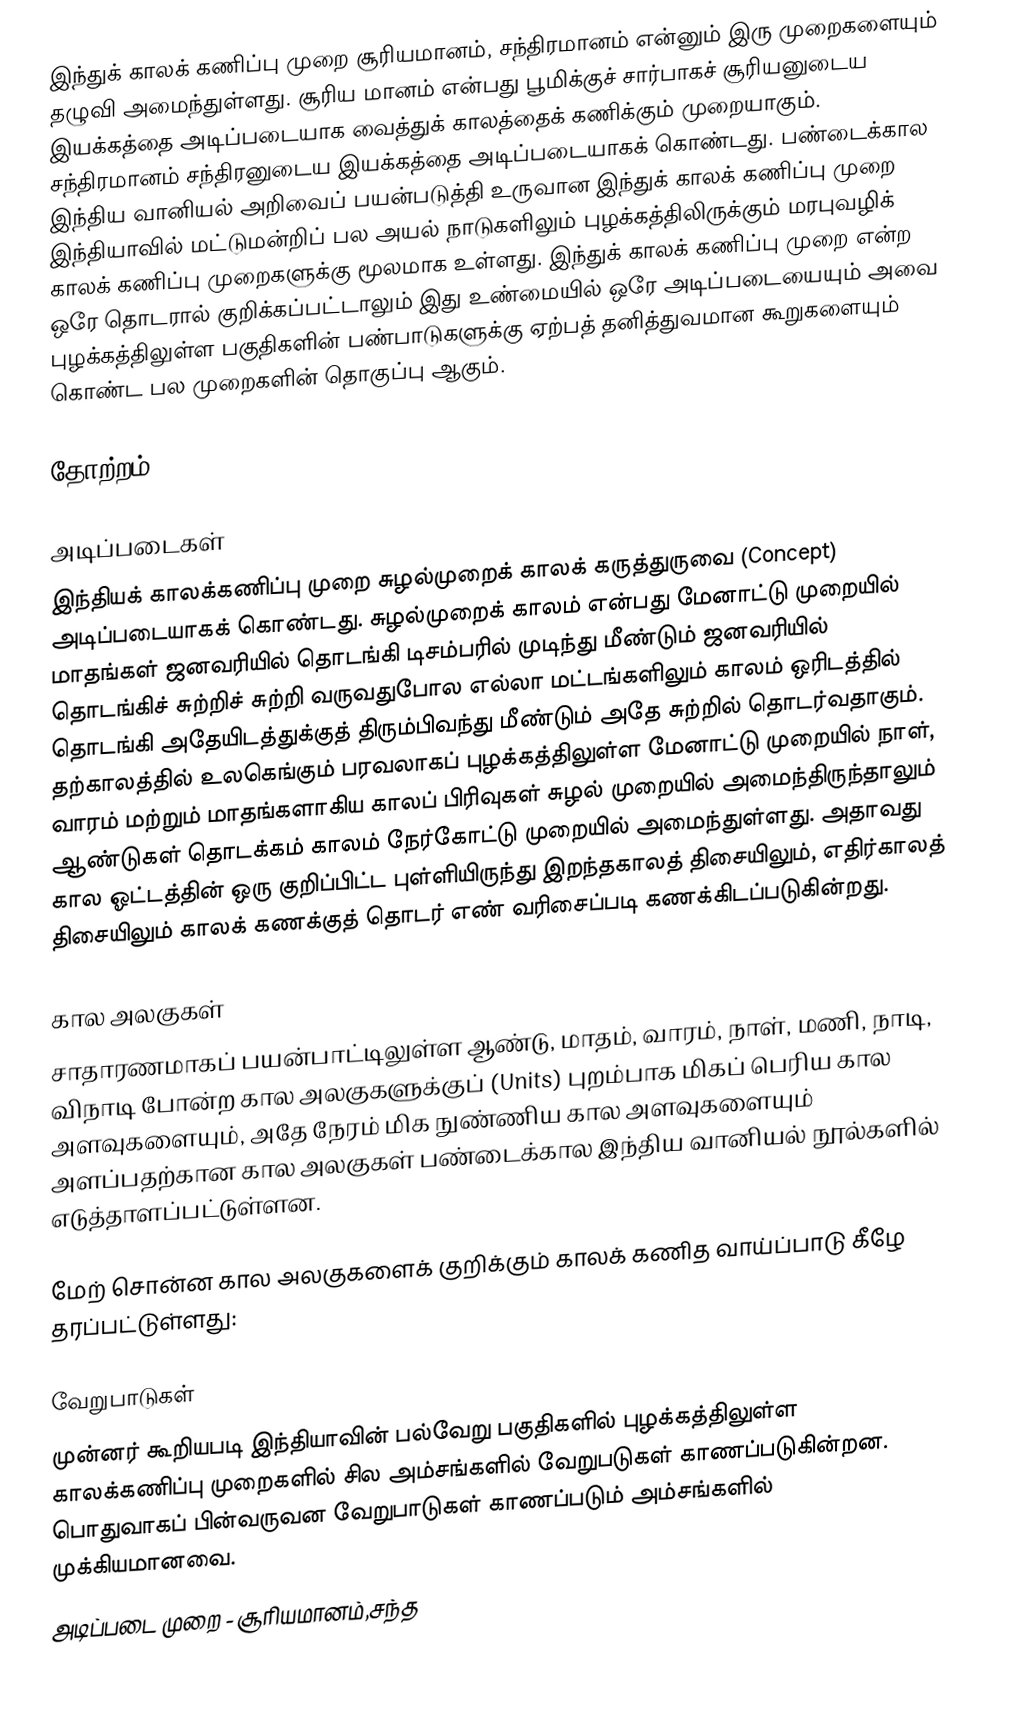
இந்துக் காலக் கணிப்பு முறை சூரியமானம், சந்திரமானம் என்னும் இரு முறைகளையும் தழுவி அமைந்துள்ளது. சூரிய மானம் என்பது பூமிக்குச் சார்பாகச் சூரியனுடைய இயக்கத்தை அடிப்படையாக வைத்துக் காலத்தைக் கணிக்கும் முறையாகும். சந்திரமானம் சந்திரனுடைய இயக்கத்தை அடிப்படையாகக் கொண்டது. பண்டைக்கால இந்திய வானியல் அறிவைப் பயன்படுத்தி உருவான இந்துக் காலக் கணிப்பு முறை இந்தியாவில் மட்டுமன்றிப் பல அயல் நாடுகளிலும் புழக்கத்திலிருக்கும் மரபுவழிக் காலக் கணிப்பு முறைகளுக்கு மூலமாக உள்ளது. இந்துக் காலக் கணிப்பு முறை என்ற ஒரே தொடரால் குறிக்கப்பட்டாலும் இது உண்மையில் ஒரே அடிப்படையையும் அவை புழக்கத்திலுள்ள பகுதிகளின் பண்பாடுகளுக்கு ஏற்பத் தனித்துவமான கூறுகளையும் கொண்ட பல முறைகளின் தொகுப்பு ஆகும்.

தோற்றம்

அடிப்படைகள்
இந்தியக் காலக்கணிப்பு முறை சுழல்முறைக் காலக் கருத்துருவை (Concept) அடிப்படையாகக் கொண்டது. சுழல்முறைக் காலம் என்பது மேனாட்டு முறையில் மாதங்கள் ஜனவரியில் தொடங்கி டிசம்பரில் முடிந்து மீண்டும் ஜனவரியில் தொடங்கிச் சுற்றிச் சுற்றி வருவதுபோல எல்லா மட்டங்களிலும் காலம் ஒரிடத்தில் தொடங்கி அதேயிடத்துக்குத் திரும்பிவந்து மீண்டும் அதே சுற்றில் தொடர்வதாகும். தற்காலத்தில் உலகெங்கும் பரவலாகப் புழக்கத்திலுள்ள மேனாட்டு முறையில் நாள், வாரம் மற்றும் மாதங்களாகிய காலப் பிரிவுகள் சுழல் முறையில் அமைந்திருந்தாலும் ஆண்டுகள் தொடக்கம் காலம் நேர்கோட்டு முறையில் அமைந்துள்ளது. அதாவது கால ஓட்டத்தின் ஒரு குறிப்பிட்ட புள்ளியிருந்து இறந்தகாலத் திசையிலும், எதிர்காலத் திசையிலும் காலக் கணக்குத் தொடர் எண் வரிசைப்படி கணக்கிடப்படுகின்றது.

கால அலகுகள்
சாதாரணமாகப் பயன்பாட்டிலுள்ள ஆண்டு, மாதம், வாரம், நாள், மணி, நாடி, விநாடி போன்ற கால அலகுகளுக்குப் (Units) புறம்பாக மிகப் பெரிய கால அளவுகளையும், அதே நேரம் மிக நுண்ணிய கால அளவுகளையும் அளப்பதற்கான கால அலகுகள் பண்டைக்கால இந்திய வானியல் நூல்களில் எடுத்தாளப்பட்டுள்ளன.

மேற் சொன்ன கால அலகுகளைக் குறிக்கும் காலக் கணித வாய்ப்பாடு கீழே தரப்பட்டுள்ளது:

வேறுபாடுகள்
முன்னர் கூறியபடி இந்தியாவின் பல்வேறு பகுதிகளில் புழக்கத்திலுள்ள காலக்கணிப்பு முறைகளில் சில அம்சங்களில் வேறுபடுகள் காணப்படுகின்றன. பொதுவாகப் பின்வருவன வேறுபாடுகள் காணப்படும் அம்சங்களில் முக்கியமானவை.
 அடிப்படை முறை - சூரியமானம்,சந்த